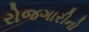
રોજગારીનો